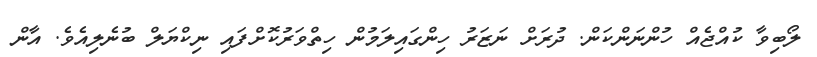
ލޯބިވާ ކުއްޖެއް ހުންނަންކަން. ދުރަށް ނަޒަރު ހިންގައިލަމުން ހިތްވަރުކޮށްފައި ނިކްޔަލް ބުނެލިއެވެ. އާން